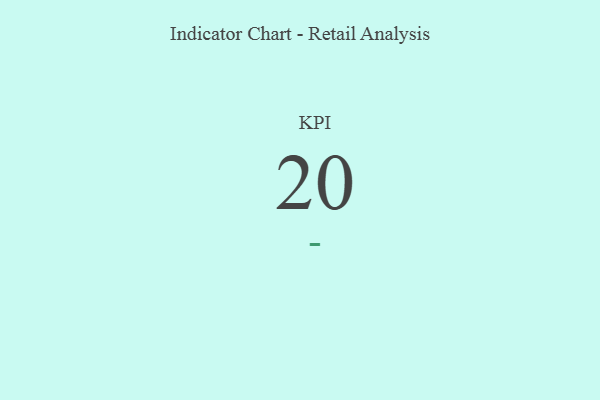
{"axis": {"x": "KPI", "y": "Value"}, "legend": [""], "data": [{"x": "KPI", "y": 20, "type": ""}]}